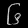
Digit: ၆